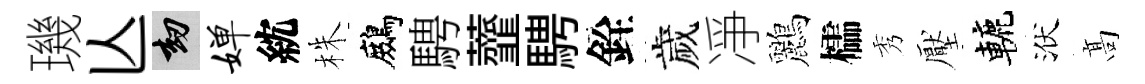
璣亾劫婵紞株鷓騁虀騁銓歲凈鸝櫺秀壓轆洑髙